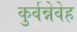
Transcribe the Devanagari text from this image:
कुर्वन्नेवेह